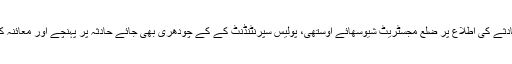
حادثے کی اطلاع پر ضلع مجسٹریٹ شیوسهائے اوستھی، پولیس سپرنٹنڈنٹ کے کے چودھری بھی جائے حادثہ پر پہنچے اور معائنہ کیا۔